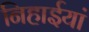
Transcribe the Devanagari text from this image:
निहाईयां